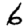
Digit: 6